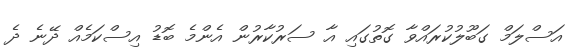
އަސްލަމް ގަބޫލުކުރައްވާ ގޮތުގައި އާ ސަރުކާރުން އެންމެ ބޮޑު އިސްކަމެއް ދޭނެ ދެ